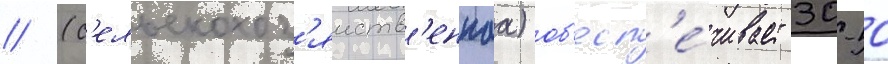
// (с'ельскохоз'яиств'еннаа) об'есп'е́чивает 30-50